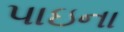
પાઇના